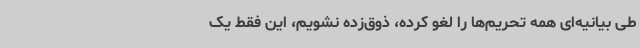
طی بیانیه‌ای همه تحریم‌ها را لغو کرده، ذوق‌زده نشویم، این فقط یک